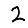
Digit: 2